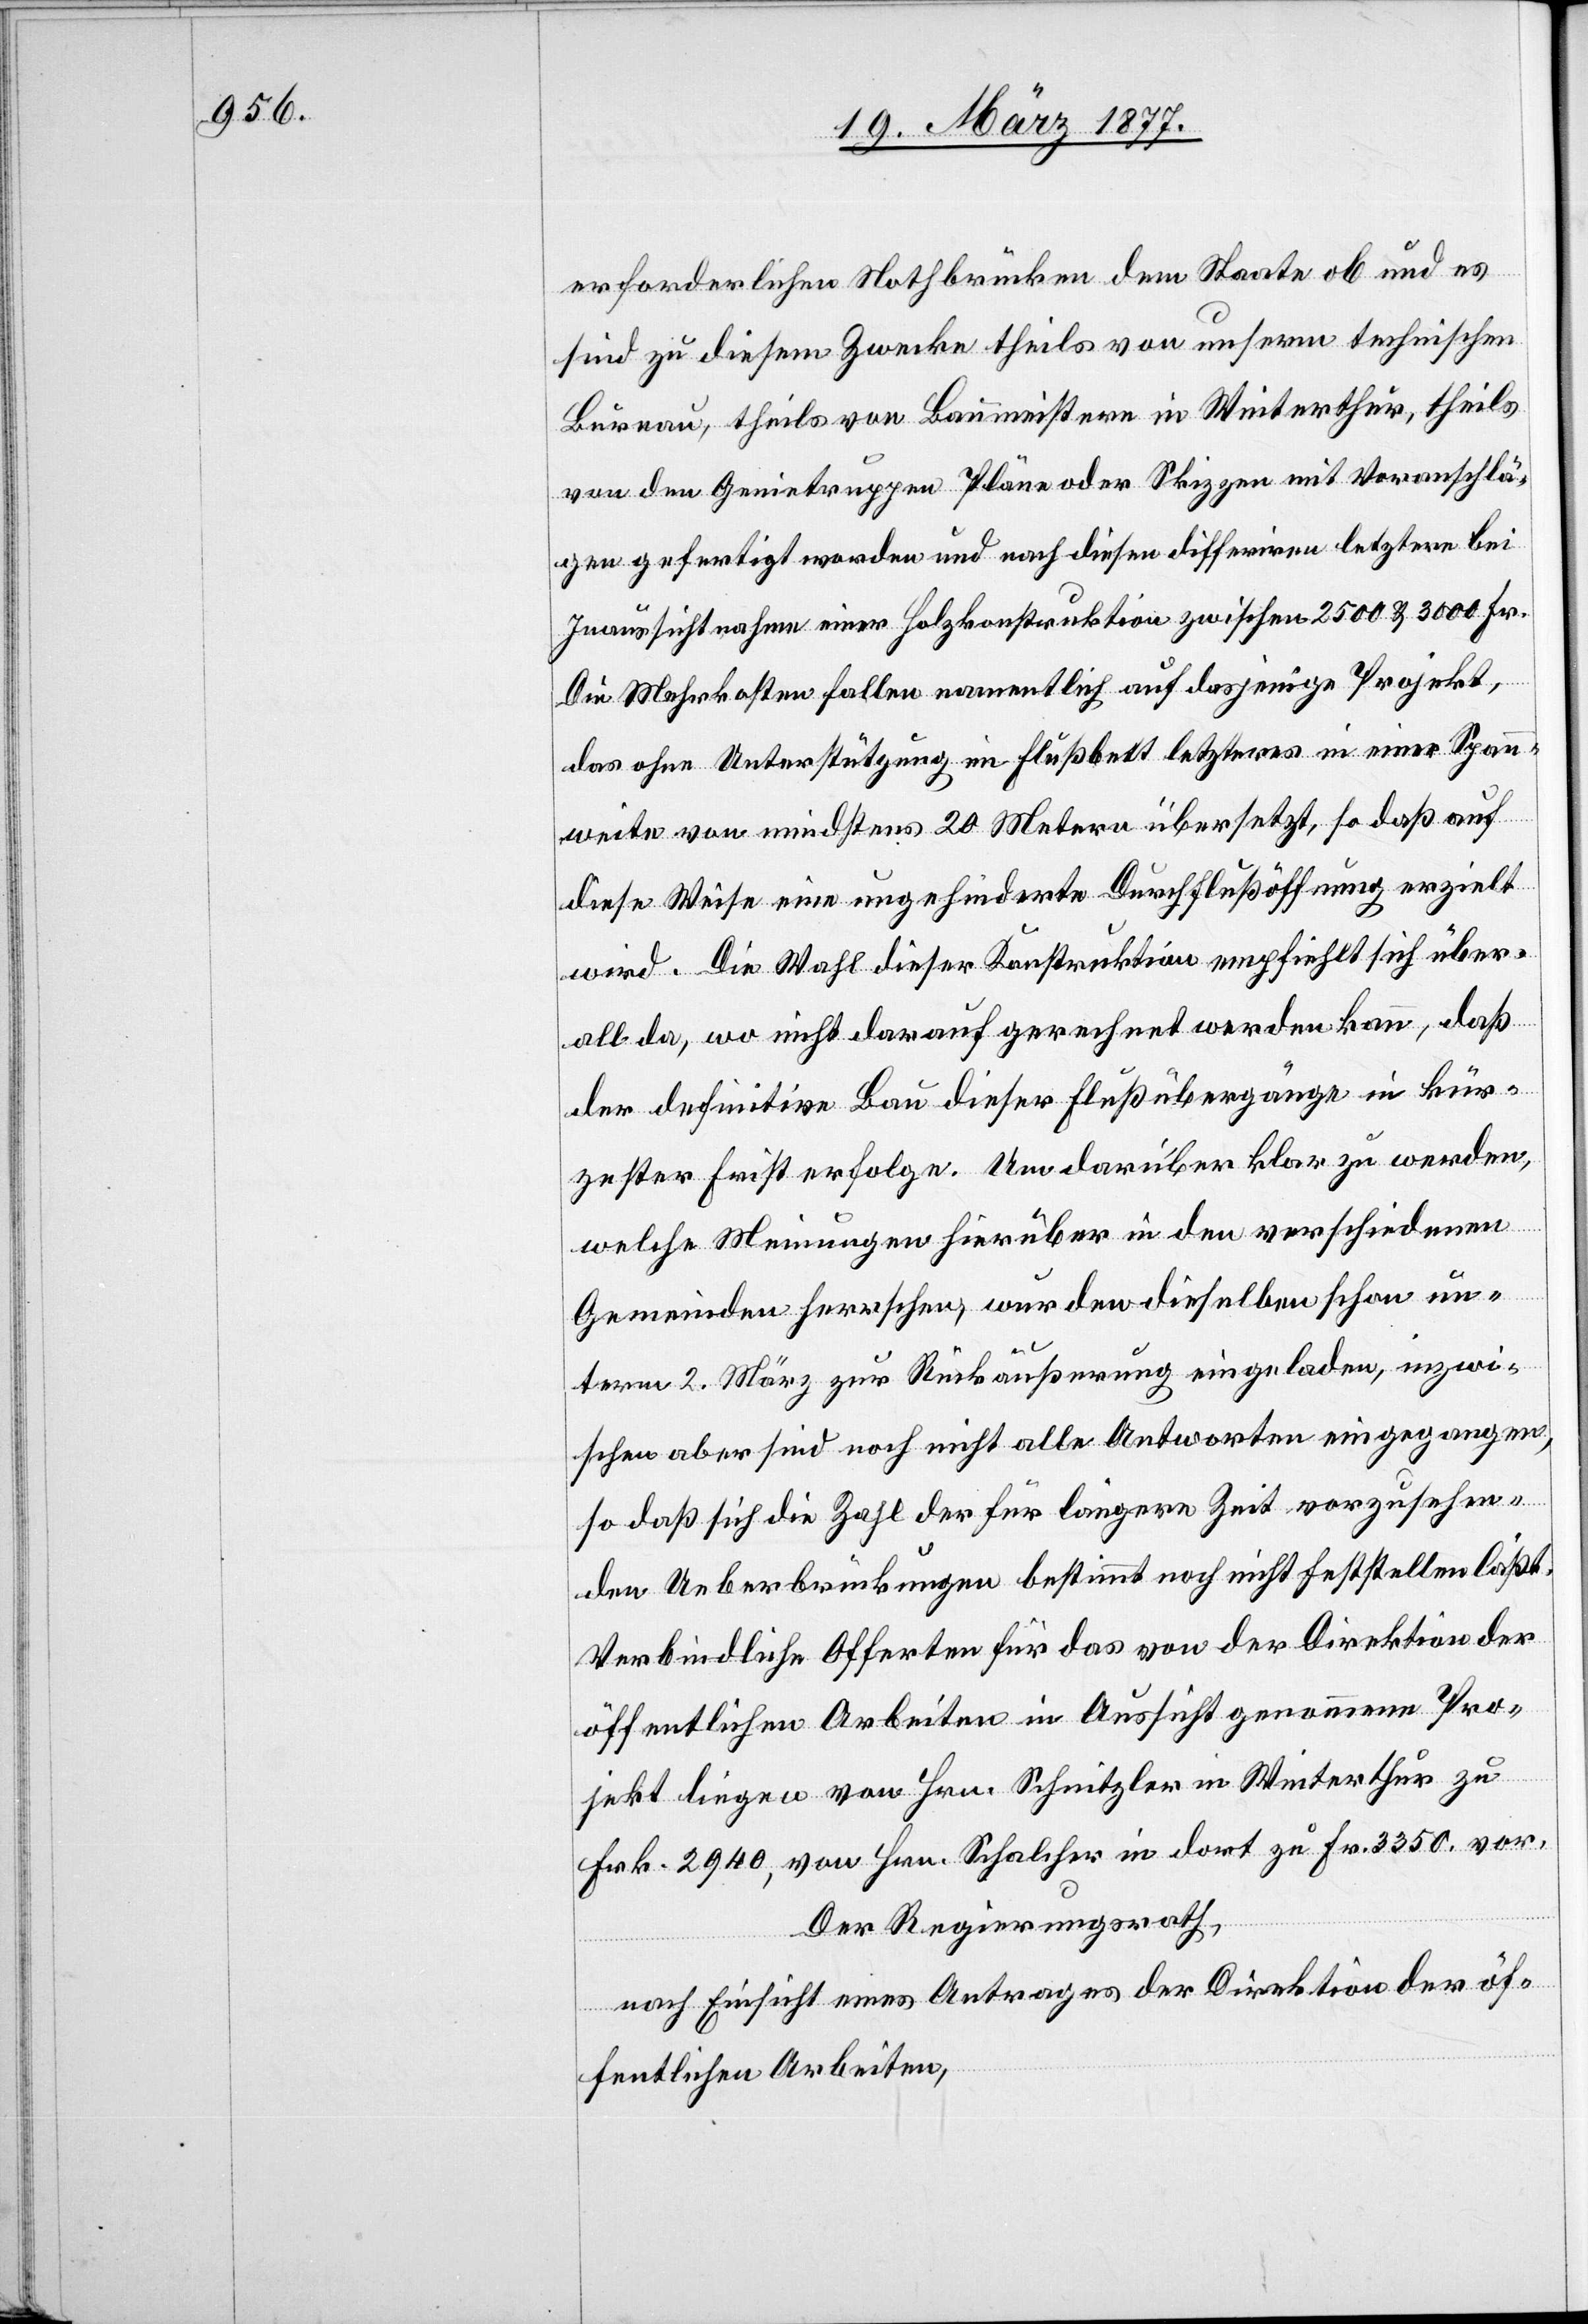
erforderlichen Nothbrücken dem Staate ob und es
sind zu diesem Zwecke theils von unserm technischen
Bureau, theils von Baumeistern in Winterthur, theils
von den Genietruppen Pläne oder Skizzen mit Voranschlä¬
gen gefertigt worden und nach diesen differiren letztere bei
Inaussichtnahme einer Holzkonstruktion zwischen 2500 & 3000 Fr.
Die Mehrkosten fallen namentlich auf dasjenige Projekt,
das ohne Unterstützung im Flußbett letzteres in einer Span¬
nweite von mindestens 20 Metern übersetzt, so daß auf
diese Weise eine ungehinderte Durchflußöffnung erzielt
wird. Die Wahl dieser Konstruktion empfiehlt sich über¬
all da, wo nicht darauf gerechnet werden kann, daß
der definitive Bau dieser Flußübergänge in kür¬
zester Frist erfolge. Um darüber klar zu werden,
welche Meinungen hierüber in den verschiedenen
Gemeinden herrschen, wurden dieselben schon un¬
term 2. März zur Rückäußerung eingeladen, inzwi¬
schen aber sind noch nicht alle Antworten eingegangen,
so daß sich die Zahl der für längere Zeit vorzusehen¬
den Ueberbrückungen bestimmt noch nicht feststellen läßt.
Verbindliche Offerten für das von der Direktion der
öffentlichen Arbeiten in Aussicht genommene Pro¬
jekt liegen von Hrn. Schnitzler in Winterthur zu
Frk. 2940, von Hrn. Schalcher in dort zu Fr. 3350 vor.
Der Regierungsrath,
nach Einsicht eines Antrages der Direktion der öf¬
fentlichen Arbeiten,